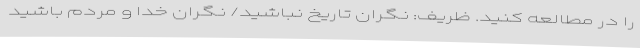
را در مطالعه کنید. ظریف: نگران تاریخ نباشید/ نگران خدا و مردم باشید